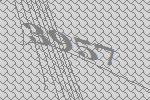
3957